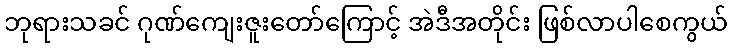
ဘုရားသခင် ဂုဏ်ကျေးဇူးတော်ကြောင့် အဲဒီအတိုင်း ဖြစ်လာပါစေကွယ်